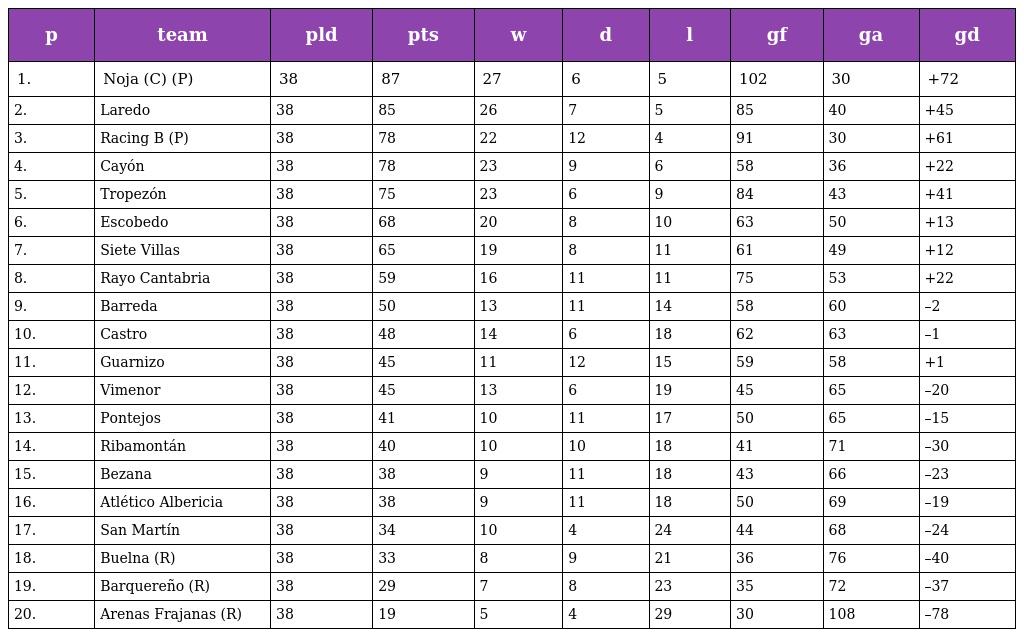
| p | team | pld | pts | w | d | l | gf | ga | gd |
 | --- | --- | --- | --- | --- | --- | --- | --- | --- | --- |
 | 1. | Noja (C) (P) | 38 | 87 | 27 | 6 | 5 | 102 | 30 | +72 |
 | 2. | Laredo | 38 | 85 | 26 | 7 | 5 | 85 | 40 | +45 |
 | 3. | Racing B (P) | 38 | 78 | 22 | 12 | 4 | 91 | 30 | +61 |
 | 4. | Cayón | 38 | 78 | 23 | 9 | 6 | 58 | 36 | +22 |
 | 5. | Tropezón | 38 | 75 | 23 | 6 | 9 | 84 | 43 | +41 |
 | 6. | Escobedo | 38 | 68 | 20 | 8 | 10 | 63 | 50 | +13 |
 | 7. | Siete Villas | 38 | 65 | 19 | 8 | 11 | 61 | 49 | +12 |
 | 8. | Rayo Cantabria | 38 | 59 | 16 | 11 | 11 | 75 | 53 | +22 |
 | 9. | Barreda | 38 | 50 | 13 | 11 | 14 | 58 | 60 | –2 |
 | 10. | Castro | 38 | 48 | 14 | 6 | 18 | 62 | 63 | –1 |
 | 11. | Guarnizo | 38 | 45 | 11 | 12 | 15 | 59 | 58 | +1 |
 | 12. | Vimenor | 38 | 45 | 13 | 6 | 19 | 45 | 65 | –20 |
 | 13. | Pontejos | 38 | 41 | 10 | 11 | 17 | 50 | 65 | –15 |
 | 14. | Ribamontán | 38 | 40 | 10 | 10 | 18 | 41 | 71 | –30 |
 | 15. | Bezana | 38 | 38 | 9 | 11 | 18 | 43 | 66 | –23 |
 | 16. | Atlético Albericia | 38 | 38 | 9 | 11 | 18 | 50 | 69 | –19 |
 | 17. | San Martín | 38 | 34 | 10 | 4 | 24 | 44 | 68 | –24 |
 | 18. | Buelna (R) | 38 | 33 | 8 | 9 | 21 | 36 | 76 | –40 |
 | 19. | Barquereño (R) | 38 | 29 | 7 | 8 | 23 | 35 | 72 | –37 |
 | 20. | Arenas Frajanas (R) | 38 | 19 | 5 | 4 | 29 | 30 | 108 | –78 |